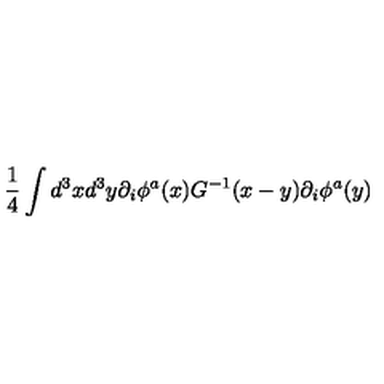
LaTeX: \frac { 1 } { 4 } \int d ^ { 3 } x d ^ { 3 } y \partial _ { i } \phi ^ { a } ( x ) G ^ { - 1 } ( x - y ) \partial _ { i } \phi ^ { a } ( y )